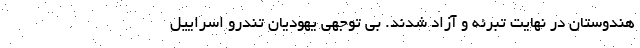
هندوستان در نهایت تبرئه و آزاد شدند. بی توجهی یهودیان تندرو اسراییل